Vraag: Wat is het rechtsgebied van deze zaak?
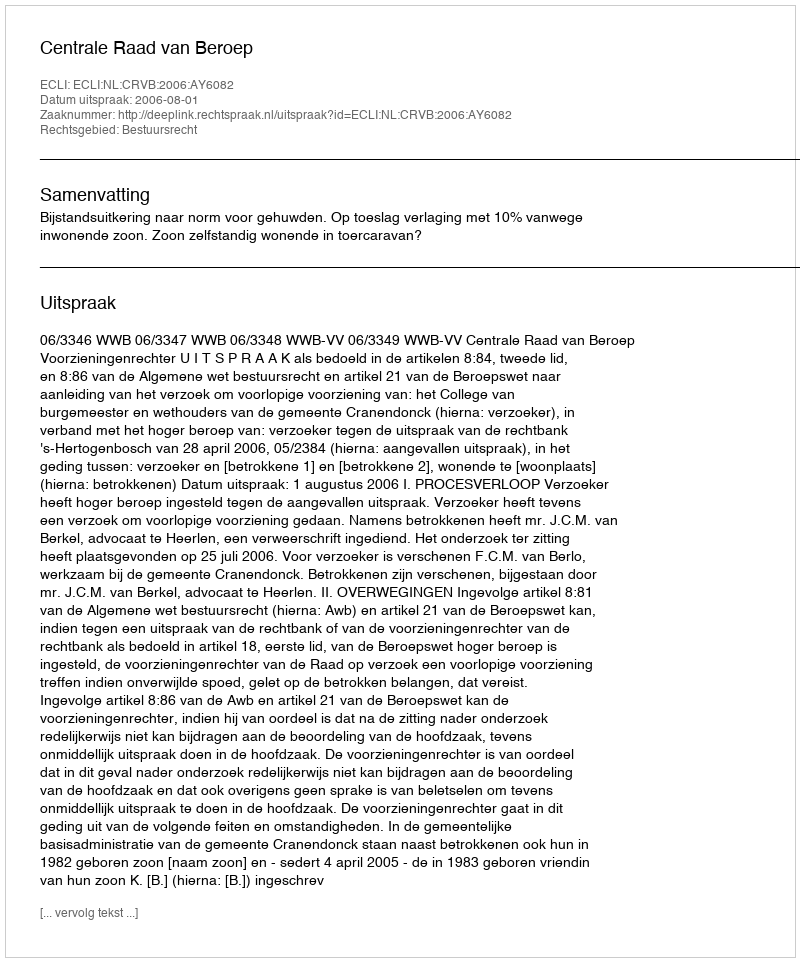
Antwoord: Bestuursrecht